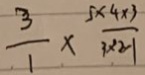
\frac { 3 } { 1 } \times \frac { 5 \times 4 \times 3 } { 3 \times 2 1 }